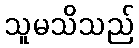
သူမသိသည်